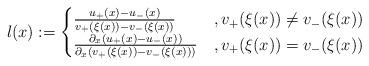
LaTeX: \begin{align*} l(x):= \begin{cases} \frac{u_+(x)-u_-(x)}{v_+(\xi(x))-v_-(\xi(x))} &, v_+(\xi(x))\neq v_-(\xi(x)) \\ \frac{\partial_x(u_{+}(x)-u_{-}(x))}{\partial_x(v_{+}(\xi(x))-v_{-}(\xi(x)))} &, v_+(\xi(x))= v_-(\xi(x)) \end{cases}\end{align*}